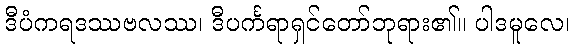
ဒီပံကရဒဿဗလဿ၊ ဒီပင်္ကရာရှင်တော်ဘုရား၏။ ပါဒမူလေ၊